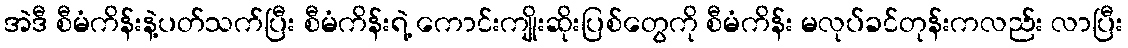
အဲဒီ စီမံကိန်းနဲ့ပတ်သက်ပြီး စီမံကိန်းရဲ့ ကောင်းကျိုးဆိုးပြစ်တွေကို စီမံကိန်း မလုပ်ခင်တုန်းကလည်း လာပြီး